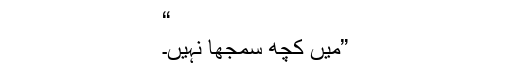
“
”میں کچھ سمجھا نہیں۔